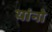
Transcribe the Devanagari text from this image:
यांनो